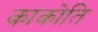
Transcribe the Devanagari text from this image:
काकोति